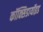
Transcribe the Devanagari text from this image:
कॉक्सिडायॉइड